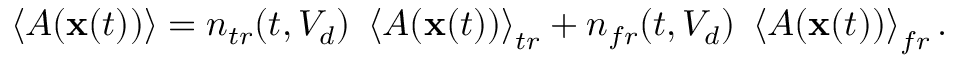
\left\langle A ( \mathbf { x } ( t ) ) \right\rangle = n _ { t r } ( t , V _ { d } ) \ \left\langle A ( \mathbf { x } ( t ) ) \right\rangle _ { t r } + n _ { f r } ( t , V _ { d } ) \ \left\langle A ( \mathbf { x } ( t ) ) \right\rangle _ { f r } .